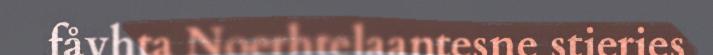
fåvhta Noerhtelaantesne stieries